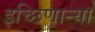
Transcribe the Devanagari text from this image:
इच्छिणाऱ्र्‍या